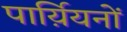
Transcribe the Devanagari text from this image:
पार्य़ियनों